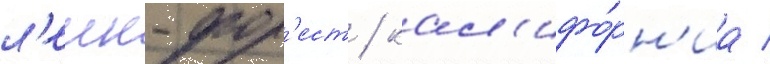
л'еик-фор'ест / кал'ифо́рн'иа /